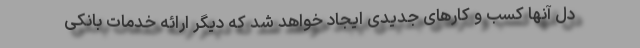
دل آنها کسب و کارهای جدیدی ایجاد خواهد شد که دیگر ارائه خدمات بانکی